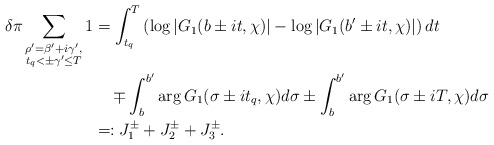
\begin{align*}\delta\pi \sum_{\substack{\rho' = \beta' + i\gamma',\\ t_q < \pm \gamma' \leq T}} 1&= \int_{t_q}^T \left( \log{| G_1(b \pm it, \chi) |} - \log{| G_1(b' \pm it, \chi) |} \right) dt \\&\quad\mp \int_b^{b'} \arg{G_1(\sigma \pm it_q, \chi)} d\sigma\pm \int_b^{b'} \arg{G_1(\sigma \pm iT, \chi)} d\sigma \\&=: J^\pm_1 + J^\pm_2 + J^\pm_3.\end{align*}